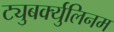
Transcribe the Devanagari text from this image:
ट्युबर्क्युलिनम